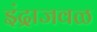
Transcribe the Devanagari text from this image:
इंद्राजवळ